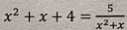
x ^ { 2 } + x + 4 = \frac { 5 } { x ^ { 2 } + x }